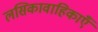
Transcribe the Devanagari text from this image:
लसिकावाहिकाएँ